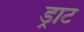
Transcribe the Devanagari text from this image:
ड्राट